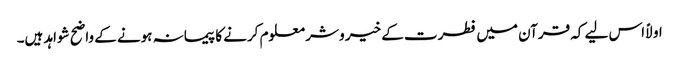
اولاً اس لیے کہ قرآن میں فطرت کے خیر و شر معلوم کرنے کا پیمانہ ہونے کے واضح شواہد ہیں۔